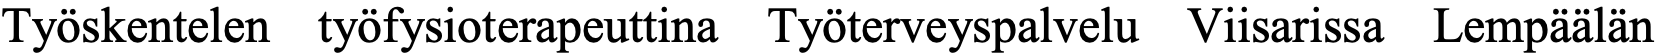
Työskentelen työfysioterapeuttina Työterveyspalvelu Viisarissa Lempäälän